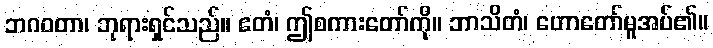
ဘဂဝတာ၊ ဘုရားရှင်သည်။ ဧတံ၊ ဤစကားတော်ကို။ ဘာသိတံ၊ ဟောတော်မူအပ်၏။